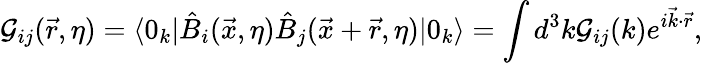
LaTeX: {\cal G}_{ij}(\vec{r},\eta)=\langle 0_{k}|\hat{B}_{i}(\vec{x},\eta)\hat{B}_{j}(\vec{x}+\vec{r},\eta)|0_{k}\rangle=\int d^{3}k{\cal G}_{ij}(k)e^{i\vec{k}\cdot\vec{r}},